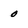
Character: 0